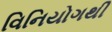
વિનિયોગથી